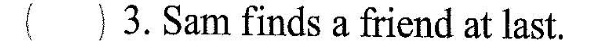
( ) 3.Sam finds a friend at last.